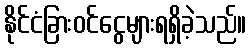
နိုင်ငံခြားဝင်ငွေများရရှိခဲ့သည်။